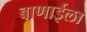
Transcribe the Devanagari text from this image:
बाणाईला